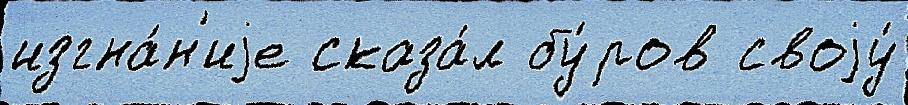
изгна́н'иjе сказа́л бу́ров своjу́